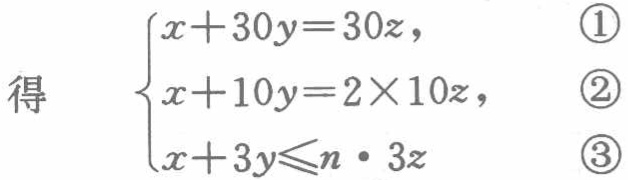
\[

\begin{cases}

x + 30y = 30z, & \textcircled{1}\\

x + 10y = 2\times10z, & \textcircled{2}\\

x + 3y\leqslant n\cdot3z & \textcircled{3}

\end{cases}

\]